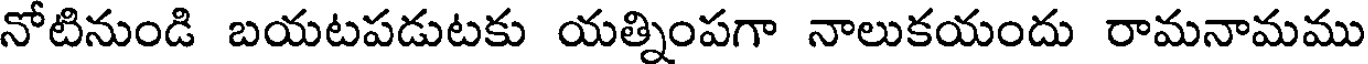
నోటినుండి బయటపడుటకు యత్నింపగా నాలుకయందు రామనామము